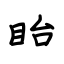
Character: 眙